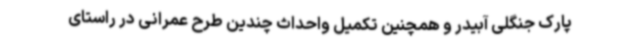
پارک جنگلی آبیدر و همچنین تکمیل واحداث چندین طرح عمرانی در راستای